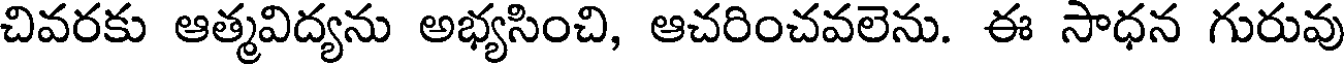
చివరకు ఆత్మవిద్యను అభ్యసించి, ఆచరించవలెను. ఈ సాధన గురువు